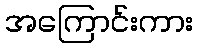
အကြောင်းကား